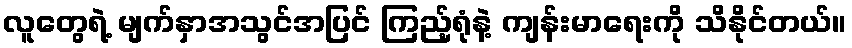
လူတွေရဲ့ မျက်နှာအသွင်အပြင် ကြည့်ရုံနဲ့ ကျန်းမာရေးကို သိနိုင်တယ်။